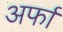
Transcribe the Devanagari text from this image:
अर्फा